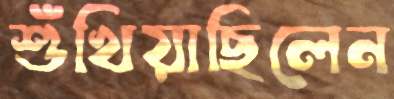
শুঁখিয়াছিলেন